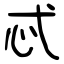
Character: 忒